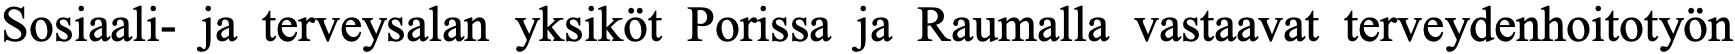
Sosiaali- ja terveysalan yksiköt Porissa ja Raumalla vastaavat terveydenhoitotyön